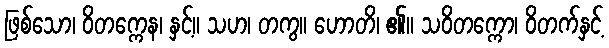
ဖြစ်သော၊ ဝိတက္ကေန၊ နှင့်။ သဟ၊ တကွ။ ဟောတိ၊ ၏။ သဝိတက္ကော၊ ဝိတက်နှင့်